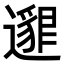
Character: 𨘅